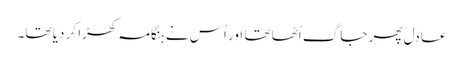
عادل پھر جاگ اُٹھا تھا اور اُس نے ہنگامہ کھڑا کر دیا تھا۔